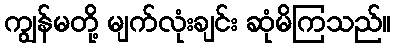
ကျွန်မတို့ မျက်လုံးချင်း ဆုံမိကြသည်။